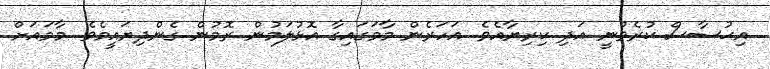
އިޙުސާސް ކުރެވުނީ އަދި ކިރިޔާއެވެ. އަހަރެން މާމަގައިގާ އޮޅުލަމުން ރޮމުން ގެންދިޔައީމެވެ. މާމައަށް